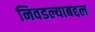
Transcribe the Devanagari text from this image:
निवडल्याबद्दल